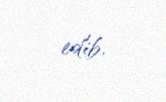
edib.